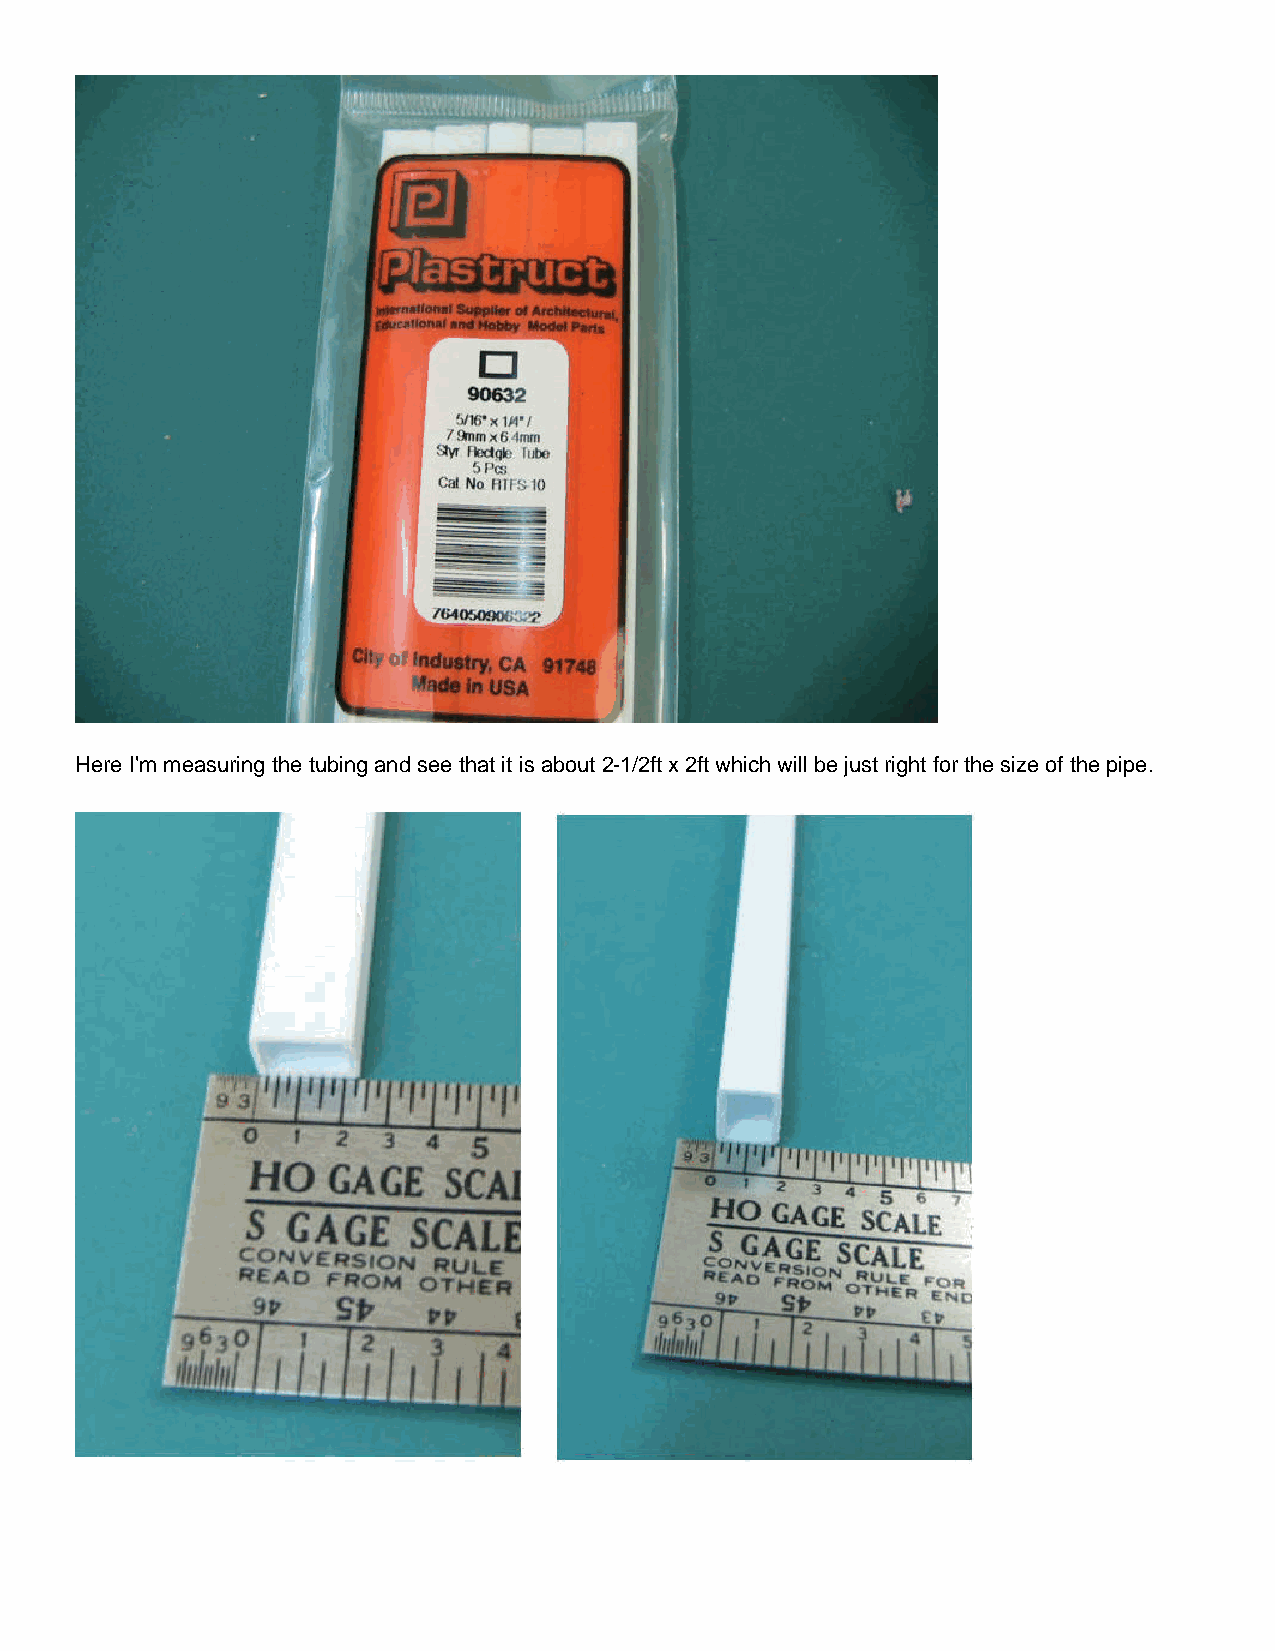
Here I'm measuring the tubing and see that it is about 2-1/2ft x 2ft which will be just right for the size of the pipe.